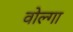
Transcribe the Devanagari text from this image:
वोल्‍गा